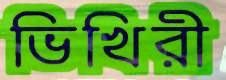
ভিখিরী